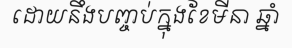
ដោយនឹងបញ្ចប់ក្នុងខែមីនា ឆ្នាំ